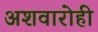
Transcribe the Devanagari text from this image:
अशवारोही